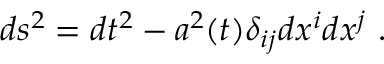
d s ^ { 2 } = d t ^ { 2 } - a ^ { 2 } ( t ) \delta _ { i j } d x ^ { i } d x ^ { j } ~ .